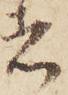
者